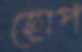
হোপ